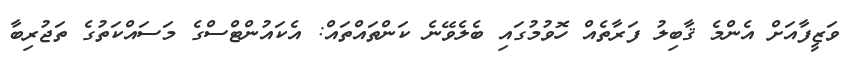
ވަޒީފާއަށް އެންމެ ޤާބިލު ފަރާތެއް ހޮވުމުގައި ބެލެވޭނެ ކަންތައްތައް: އެކައުންޓްސްގެ މަސައްކަތުގެ ތަޖުރިބާ